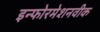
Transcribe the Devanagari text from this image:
इन्फोरमेशनवीक